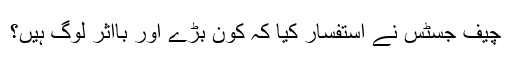
چیف جسٹس نے استفسار کیا کہ کون بڑے اور بااثر لوگ ہیں؟